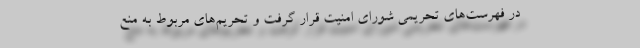
در فهرست‌های تحریمی شورای امنیت قرار گرفت و تحریم‌های مربوط به منع